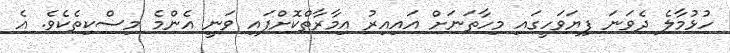
ހުޅުމާލެ ދެވަނަ ފިޔަވަހީގައި މިހާތަނަށް އައިއިރު އިމާރާތްކޮށްފައި ވަނީ އެންމެ މިސްކިތެކެވެ. އެ